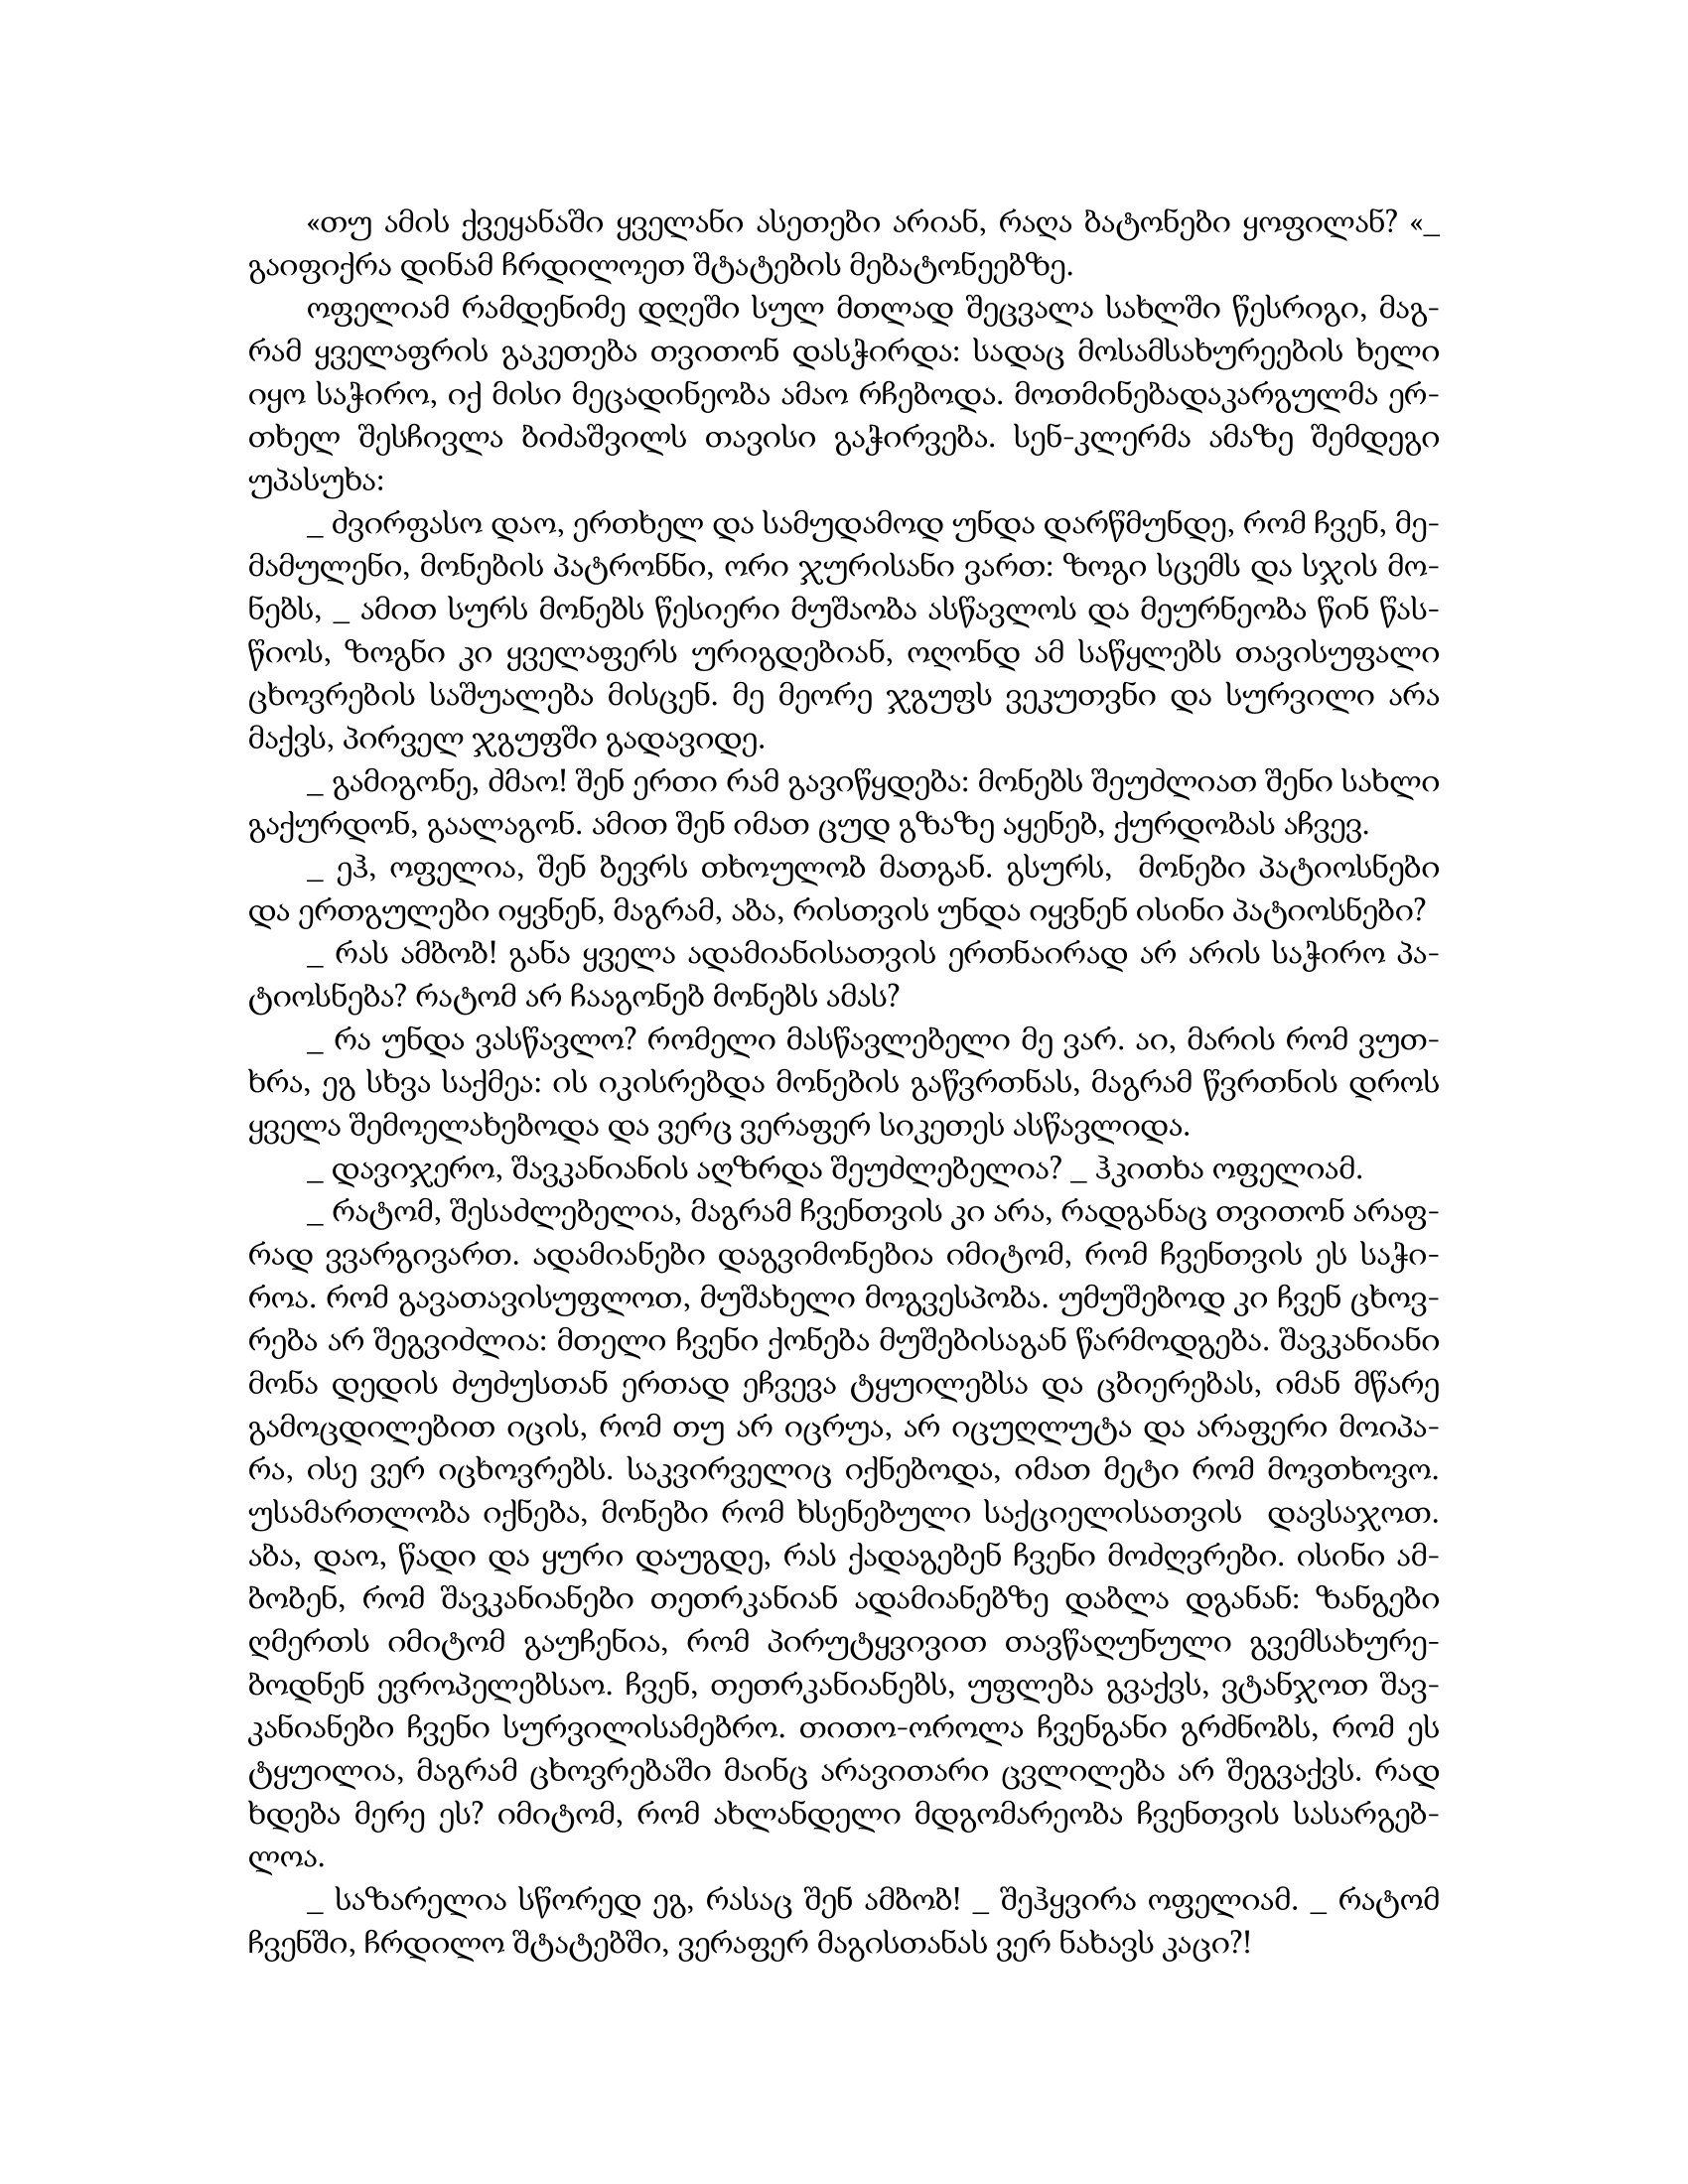
Language: gr